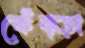
ফেঁফ্ড়া